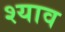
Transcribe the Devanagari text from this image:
श्याव